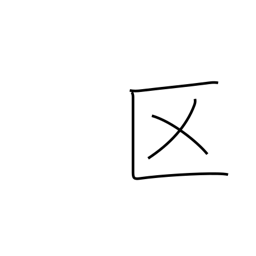
Meaning: ward